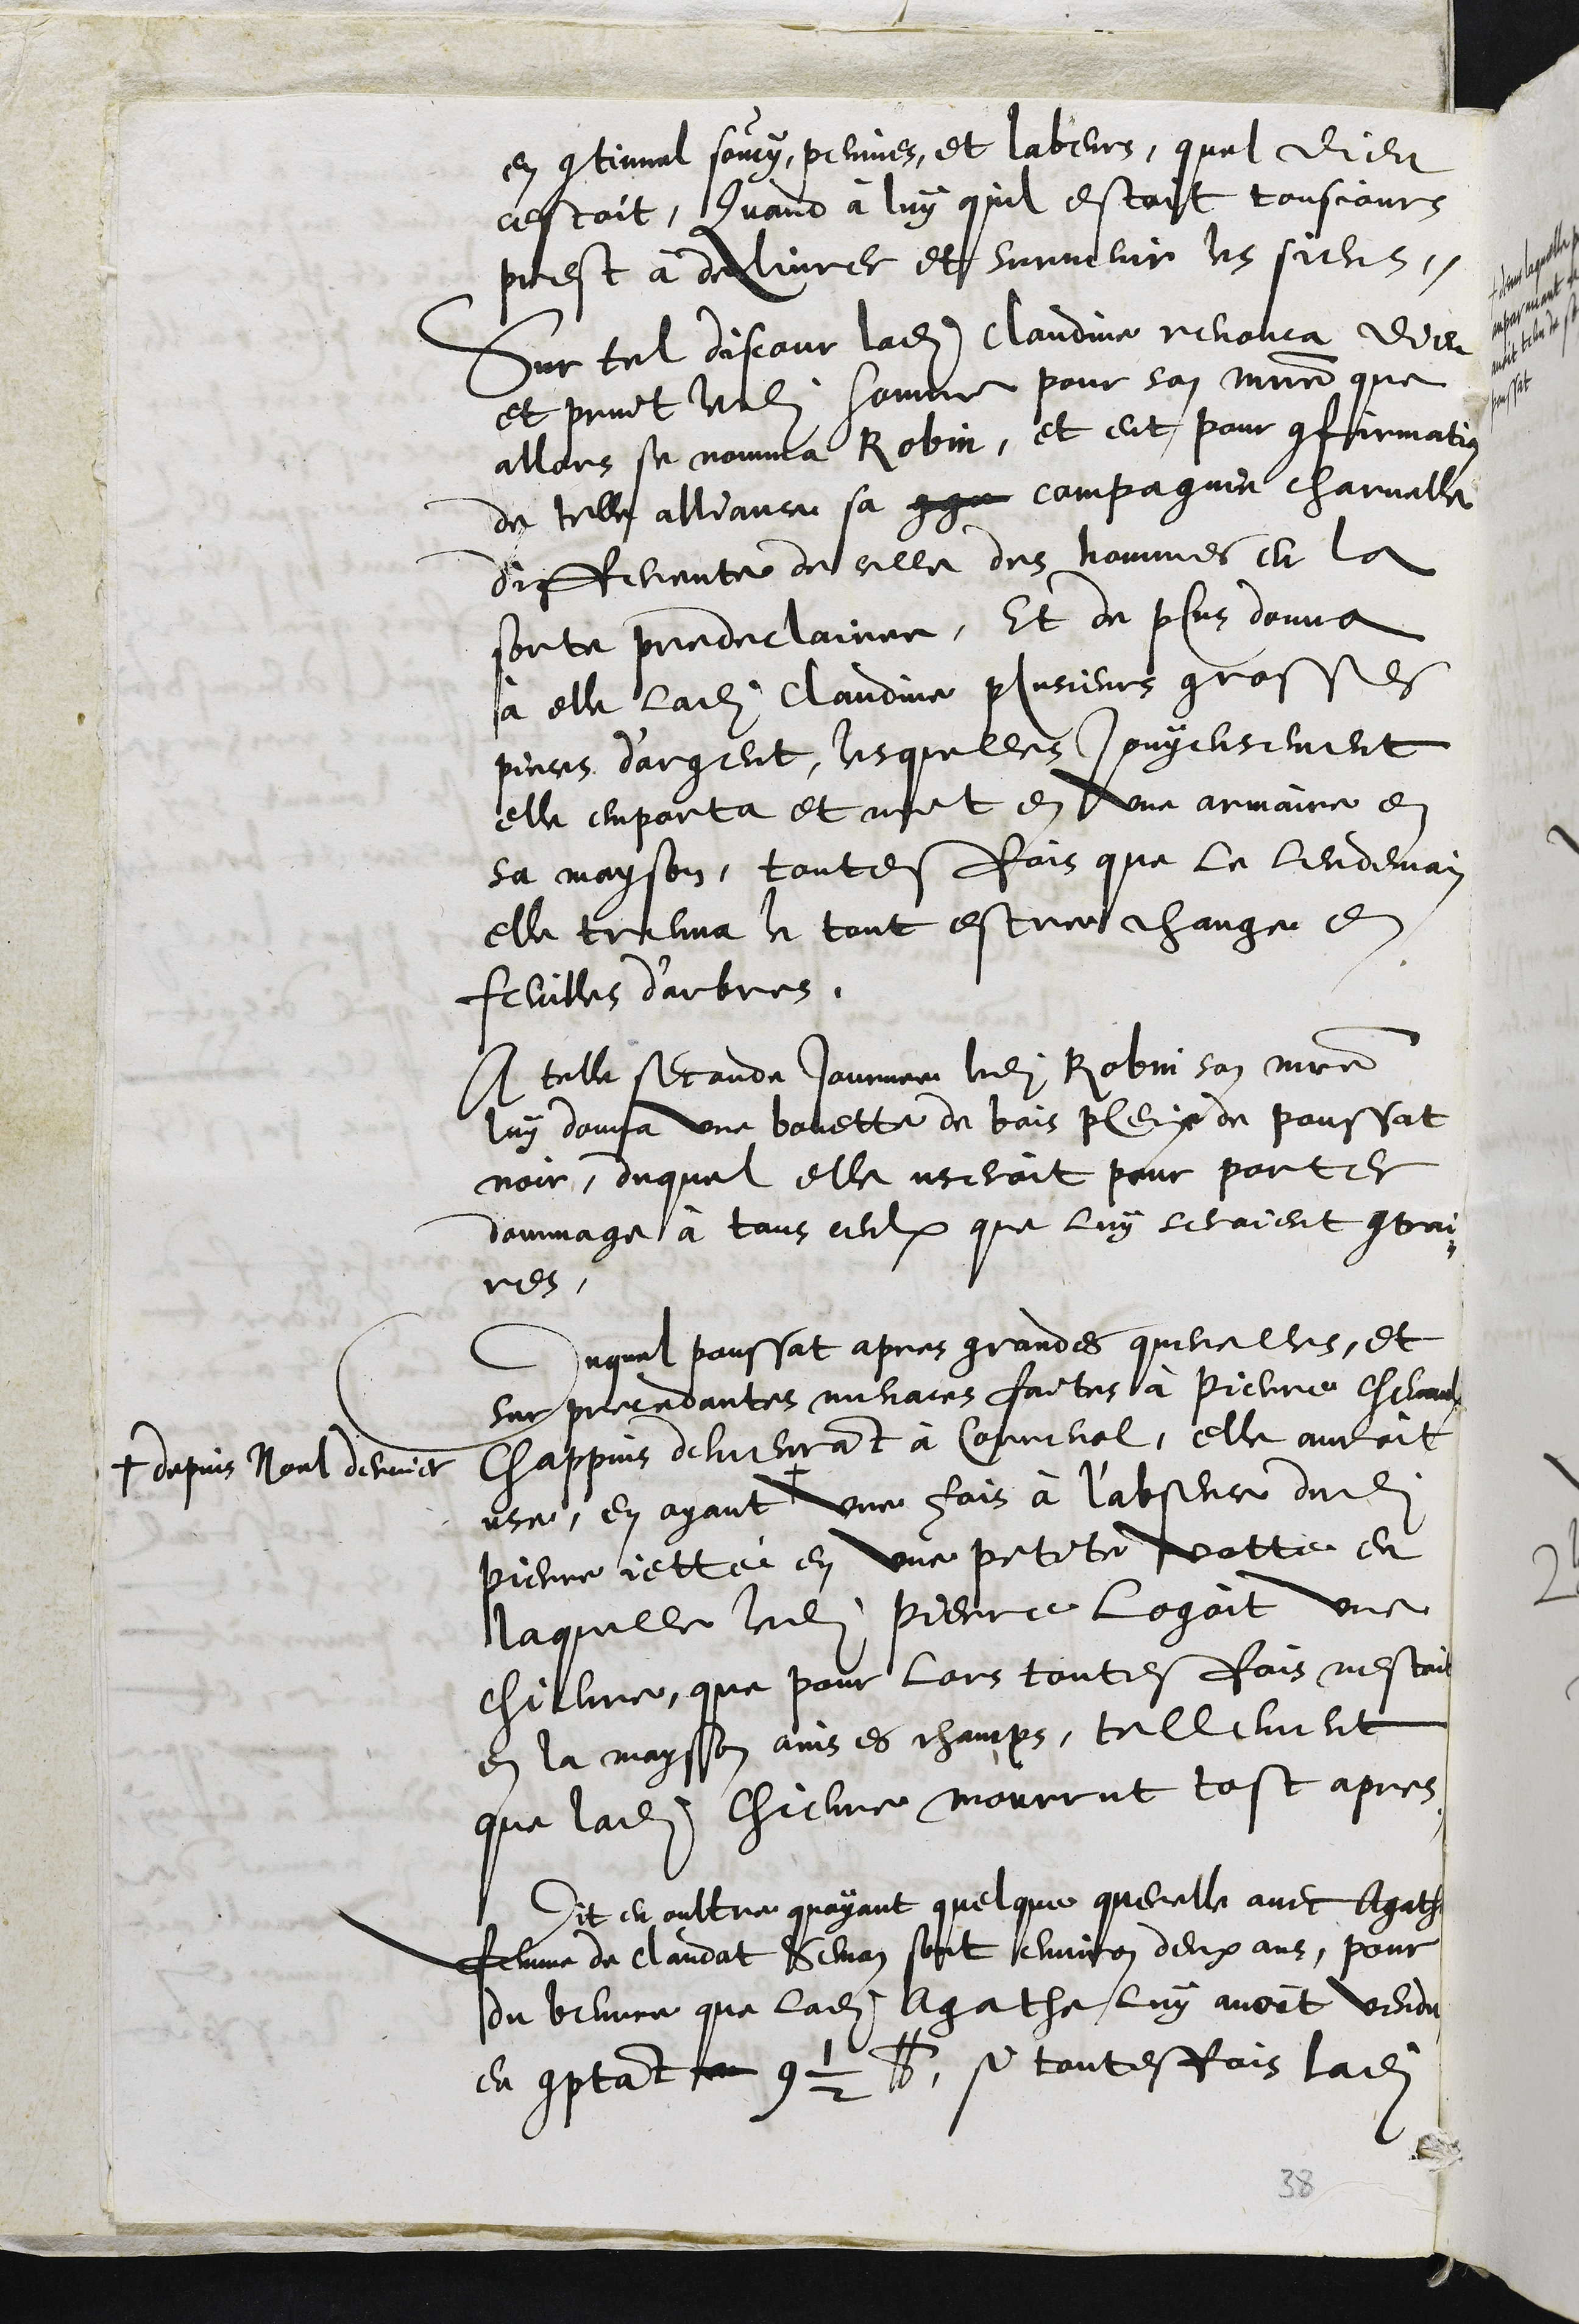
en continuel soucy, peinnes, et labeurs, quel dieu
cestoit, Quand à luy quil estoit tousjours
prest à delivrer et survenir les siens.
Sur tel discour ladite Claudine renonca dieu
et print ledit homme pour son maistre que
allors se nomma Robin, et eut pour confirmation
de telle alliance sa gge compagnie charnelle
differente de celle des hommes en la
sorte predeclairee, Et de plus donna
à elle ladite Claudine plusieurs grosses
pieces d'argent, lesquelles jouyeusement
elle emporta et mit en une armaire en
sa mayson, toutesfois que le lendemain
elle treuva le tout estre change en
feuilles d'arbres.
A telle seconde Journee ledit Robin son maistre
luy donna une bouette de bois pleine de poussat
noir, duquel elle useroit pour porter
dommage à tous ceulx que luy seroient contrai¬
res.
Duquel poussat apres grandes querelles, et
sur precedantes menaces faites à Pierre cheval
chappuis demeurant à Correnol, elle auroit
use, en ayant +
+ depuis Noel dernier
une fois à l'absence dudit
Pierre jetté en une petite votte en
laquelle ledit Pierre logoit une
chievre, que pour lors toutesfois nestoit
en la mayson ains es champs, tellement
que ladite Chievre mourrut tost apres.
Dit en oultre quayant quelque querelle avec Agathe
femme de Claudat Semon sont environ deux ans, pour
du beurre que ladite Agathe luy avoit vendu
en comptant 9 1/2 lb si toutesfois ladite
38